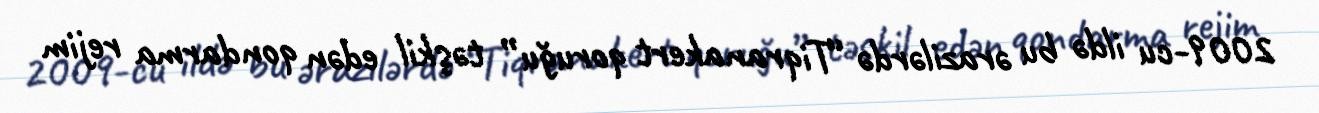
2009-cu ildə bu ərazilərdə “Tiqranakert qoruğu” təşkil edən qondarma rejim